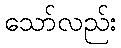
သော်လည်း